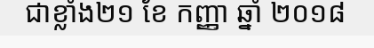
ជាខ្លាំង២១ ខែ កញ្ញា ឆ្នាំ ២០១៨